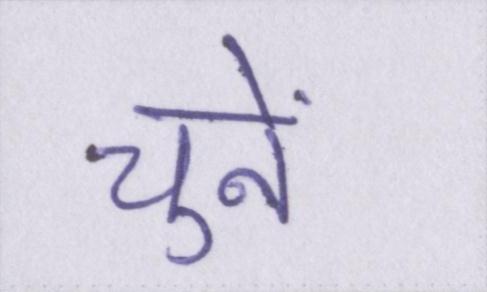
चुनें